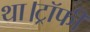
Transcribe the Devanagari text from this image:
था।ट्रॉफी